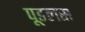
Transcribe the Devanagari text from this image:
पूडलस